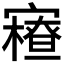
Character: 𡫝